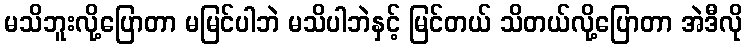
မသိဘူးလို့ပြောတာ မမြင်ပါဘဲ မသိပါဘဲနှင့် မြင်တယ် သိတယ်လို့ပြောတာ အဲဒီလို